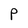
Character: P